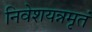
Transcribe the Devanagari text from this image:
निवेशयन्नमृतं